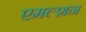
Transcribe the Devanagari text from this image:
एमल्शन